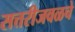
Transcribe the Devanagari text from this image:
सत्तरीजवळचे